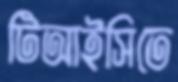
টিআইসিতে